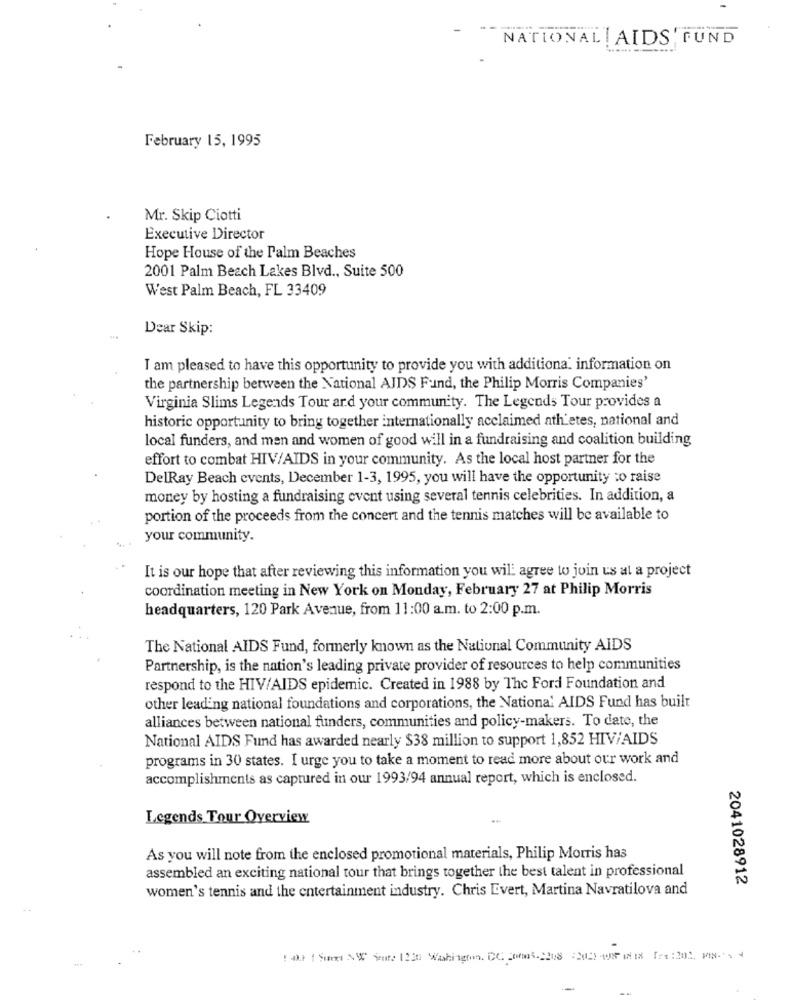
NATIONAL AIDS FUND
February 15, 1995
Mr. Skip Ciotti
Executive Director
Hope House of the Palm Beaches
2001 Palm Beach Lakes Blvd ., Suite 500
West Palm Beach, FL 33409
Dear Skip:
I am pleased to have this opportunity to provide you with additional information on
the partnership between the National AIDS Fund, the Philip Morris Companies'
Virginia Slims Legends Tour ard your community. The Legends Tour provides a
historic opportunity to bring together internationally acclaimed ath etes, national and
local funders, and men and women of good will in a fundraising and coalition building
effort to combat HIV/AIDS in your community. As the local host partner for the
DelRay Beach events, December 1-3, 1995, you will have the opportunity to raise
money by hosting a fundraising event using several tennis celebrities. In addition, a
portion of the proceeds from the concert and the tennis matches will be available to
your community.
It is our hope that after reviewing this information you will agree to join us at a project
coordination meeting in New York on Monday, February 27 at Philip Morris
headquarters, 120 Park Avenue, from 11:00 a.m. to 2:00 p.m.
The National AIDS Fund, formerly known as the National Community AIDS
Partnership, is the nation's leading private provider of resources to help communities
respond to the HIV/AIDS epidemic. Created in 1988 by The Ford Foundation and
other leading national foundations and corporations, the National AIDS Fund has built
alliances between national funders, communities and policy-makers. To date, the
National AIDS Fund has awarded nearly $38 million to support 1,852 HIV/AIDS
programs in 30 states. I urge you to take a moment to read more about our work and
accomplishments as captured in our 1993/94 annual report, which is enclosed.
Legends Tour Overview
As you will note from the enclosed promotional materials, Philip Morris has
assembled an exciting national tour that brings together the best talent in professional
2041028912
women's tennis and the entertainment industry. Chris Evert, Martina Navratilova and
( Sin NW Sent: 1220 Washington DC 2006.2208 :30hus I18 fre :201, PIN++ +
--